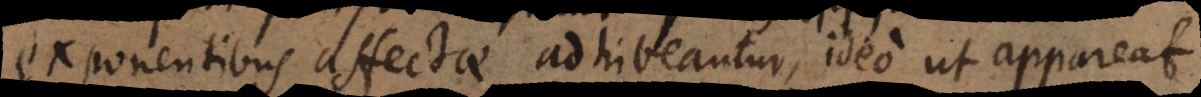
exponentibus affectae adhibeantur, ideo ut appareat